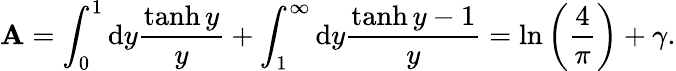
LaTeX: \mathbf{A}=\int_{0}^{1}\mathrm{{d}}y{\frac{{\operatorname{tanh}y}}{{y}}}+\int_{1}^{\infty}\mathrm{{d}}y{\frac{{\operatorname{tanh}y-1}}{{y}}}=\ln\left({\frac{{4}}{{\pi}}}\right)+\gamma.